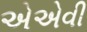
એએવી